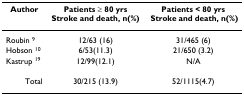
<table><thead><tr><td><b>Author</b></td><td><b>Patients ≥ 80 yrs Stroke and death, n(%)</b></td><td><b>Patients &lt; 80 yrs Stroke and death, n(%)</b></td></tr></thead><tbody><tr><td>Roubin <sup>9</sup></td><td>12/63 (16)</td><td>31/465 (6)</td></tr><tr><td>Hobson <sup>10</sup></td><td>6/53(11.3)</td><td>21/650 (3.2)</td></tr><tr><td>Kastrup <sup>19</sup></td><td>12/99(12.1)</td><td>N/A</td></tr><tr><td>Total</td><td>30/215 (13.9)</td><td>52/1115(4.7)</td></tr></tbody></table>